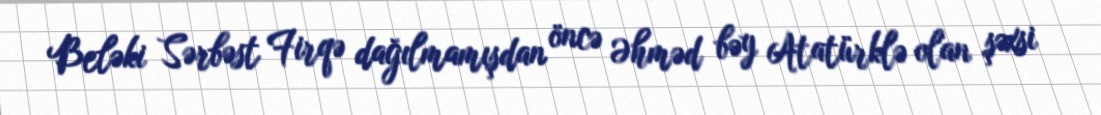
Beləki Sərbəst Firqə dağılmamışdan öncə Əhməd bəy Atatürklə olan şəxsi